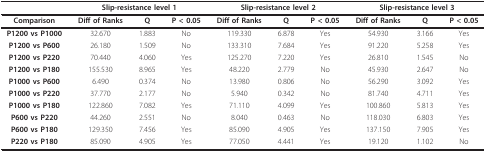
<table><thead><tr><td></td><td colspan="3"><b>Slip-resistance level 1</b></td><td colspan="3"><b>Slip-resistance level 2</b></td><td colspan="3"><b>Slip-resistance level 3</b></td></tr></thead><tbody><tr><td><b>Comparison</b></td><td><b>Diff of Ranks</b></td><td><b>Q</b></td><td><b>P &lt; 0.05</b></td><td><b>Diff of Ranks</b></td><td><b>Q</b></td><td><b>P &lt; 0.05</b></td><td><b>Diff of Ranks</b></td><td><b>Q</b></td><td><b>P &lt; 0.05</b></td></tr><tr><td><b>P1200 vs P1000</b></td><td>32.670</td><td>1.883</td><td>No</td><td>119.330</td><td>6.878</td><td>Yes</td><td>54.930</td><td>3.166</td><td>Yes</td></tr><tr><td><b>P1200 vs P600</b></td><td>26.180</td><td>1.509</td><td>No</td><td>133.310</td><td>7.684</td><td>Yes</td><td>91.220</td><td>5.258</td><td>Yes</td></tr><tr><td><b>P1200 vs P220</b></td><td>70.440</td><td>4.060</td><td>Yes</td><td>125.270</td><td>7.220</td><td>Yes</td><td>26.810</td><td>1.545</td><td>No</td></tr><tr><td><b>P1200 vs P180</b></td><td>155.530</td><td>8.965</td><td>Yes</td><td>48.220</td><td>2.779</td><td>No</td><td>45.930</td><td>2.647</td><td>No</td></tr><tr><td><b>P1000 vs P600</b></td><td>6.490</td><td>0.374</td><td>No</td><td>13.980</td><td>0.806</td><td>No</td><td>56.290</td><td>3.092</td><td>Yes</td></tr><tr><td><b>P1000 vs P220</b></td><td>37.770</td><td>2.177</td><td>No</td><td>5.940</td><td>0.342</td><td>No</td><td>81.740</td><td>4.711</td><td>Yes</td></tr><tr><td><b>P1000 vs P180</b></td><td>122.860</td><td>7.082</td><td>Yes</td><td>71.110</td><td>4.099</td><td>Yes</td><td>100.860</td><td>5.813</td><td>Yes</td></tr><tr><td><b>P600 vs P220</b></td><td>44.260</td><td>2.551</td><td>No</td><td>8.040</td><td>0.463</td><td>No</td><td>118.030</td><td>6.803</td><td>Yes</td></tr><tr><td><b>P600 vs P180</b></td><td>129.350</td><td>7.456</td><td>Yes</td><td>85.090</td><td>4.905</td><td>Yes</td><td>137.150</td><td>7.905</td><td>Yes</td></tr><tr><td><b>P220 vs P180</b></td><td>85.090</td><td>4.905</td><td>Yes</td><td>77.050</td><td>4.441</td><td>Yes</td><td>19.120</td><td>1.102</td><td>No</td></tr></tbody></table>